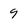
Character: 9